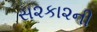
સ૨કા૨ની